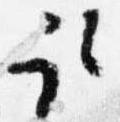
取